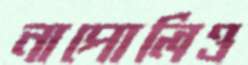
নাপোলিও